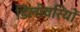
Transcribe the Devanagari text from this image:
डिलीवरियों